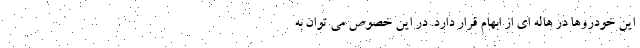
این خودروها در هاله ای از ابهام قرار دارد. در این خصوص می توان به